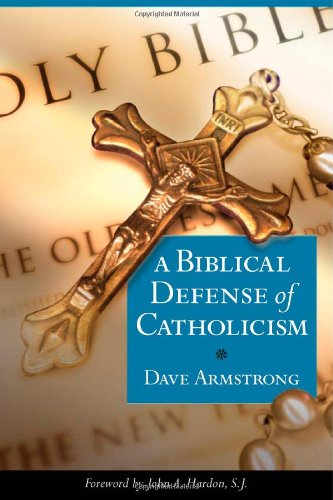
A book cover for A Biblical Defense of Catholicism; Dave Armstrong; Christian Books & Bibles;